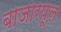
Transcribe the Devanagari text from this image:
बाजारपूल